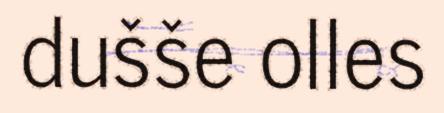
dušše olles